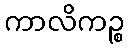
ကာလိကဉ္စ